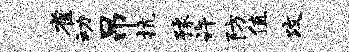
雀动吊抗豫许防值攻